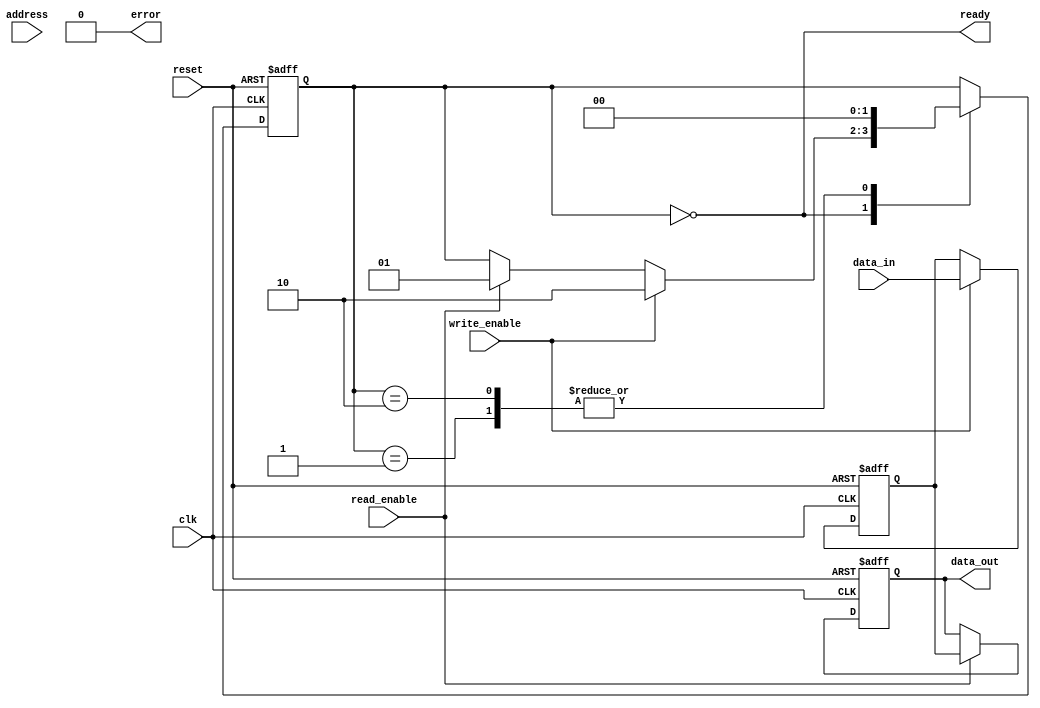
module PCM_IO_Block (
    input wire clk,
    input wire reset,
    input wire [7:0] data_in,
    output wire [7:0] data_out,
    input wire read_enable,
    input wire write_enable,
    input wire [15:0] address,
    output wire ready,
    output wire error
);

// Data Input/Output Buffers
reg [7:0] data_buffer;
reg [7:0] output_buffer;

always @(posedge clk or posedge reset) begin
    if (reset) begin
        data_buffer <= 8'b0;
        output_buffer <= 8'b0;
    end else begin
        if (write_enable) begin
            data_buffer <= data_in; // Capture incoming data
        end
        if (read_enable) begin
            output_buffer <= data_buffer; // Drive data to output
        end
    end
end

assign data_out = output_buffer;

// Control Logic
reg [1:0] state; // 00: Idle, 01: Read, 10: Write
localparam IDLE = 2'b00, READ = 2'b01, WRITE = 2'b10;

always @(posedge clk or posedge reset) begin
    if (reset) begin
        state <= IDLE;
    end else begin
        case (state)
            IDLE: begin
                if (write_enable) state <= WRITE;
                else if (read_enable) state <= READ;
            end
            READ: begin
                // Read operation logic
                state <= IDLE;
            end
            WRITE: begin
                // Write operation logic
                state <= IDLE;
            end
        endcase
    end
end

assign ready = (state == IDLE);

// Data Latch
reg [7:0] data_latch;

always @(posedge clk or posedge reset) begin
    if (reset) begin
        data_latch <= 8'b0;
    end else if (write_enable) begin
        data_latch <= data_buffer; // Latch data during write
    end
end

// Write Driver
reg write_driver;

always @(posedge clk or posedge reset) begin
    if (reset) begin
        write_driver <= 1'b0;
    end else if (write_enable) begin
        // Generate programming pulses for PCM cells
        write_driver <= 1'b1; // Example: Set high for write operation
    end else begin
        write_driver <= 1'b0;
    end
end

// Read Amplifier
reg read_amplifier;

always @(posedge clk or posedge reset) begin
    if (reset) begin
        read_amplifier <= 1'b0;
    end else if (read_enable) begin
        // Detect resistance state and convert to digital signal
        read_amplifier <= (data_latch > 8'b10000000) ? 1'b1 : 1'b0; // Example condition
    end
end

// Power Management
reg power_state; // 0: Active, 1: Standby

always @(posedge clk or posedge reset) begin
    if (reset) begin
        power_state <= 1'b0; // Active state
    end else begin
        if (state == IDLE) begin
            power_state <= 1'b1; // Switch to standby
        end else begin
            power_state <= 1'b0; // Active state
        end
    end
end

// Error Detection and Correction (EDC) - Placeholder
assign error = 1'b0; // Placeholder for error detection logic

endmodule